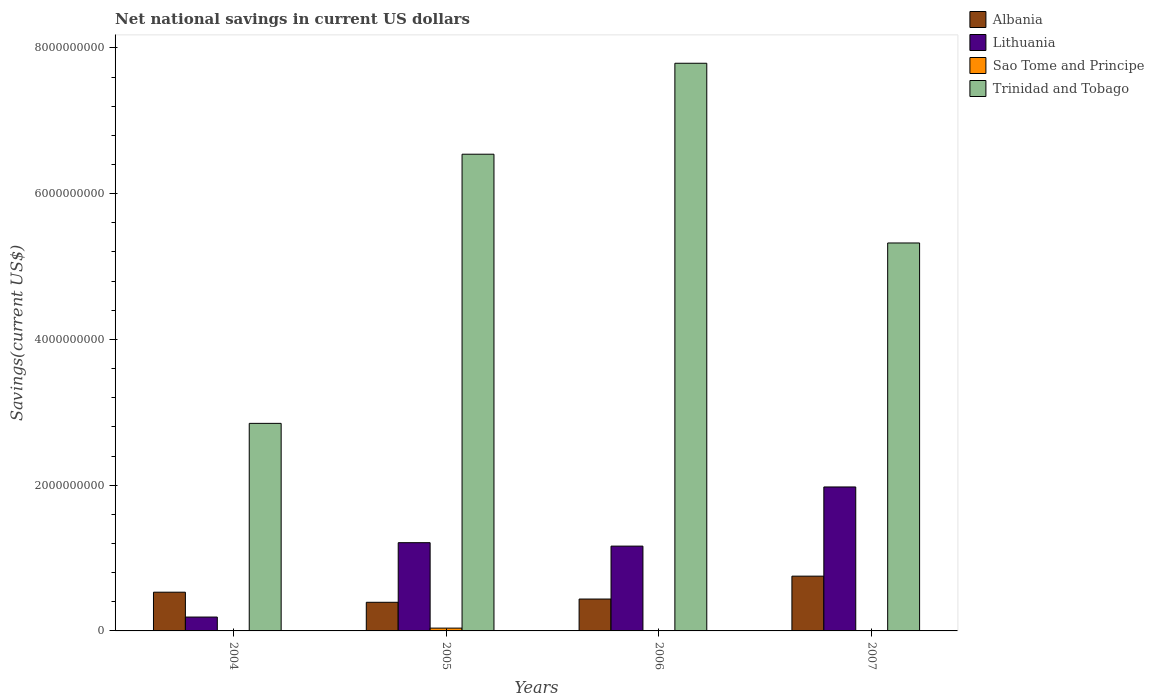
| Years | Albania | Lithuania | Sao Tome and Principe | Trinidad and Tobago |
 | --- | --- | --- | --- | --- |
 | 2004 | 5.31e+08 | 1.9e+08 | -2.14e+06 | 2.85e+09 |
 | 2005 | 3.93e+08 | 1.21e+09 | 3.84e+07 | 6.54e+09 |
 | 2006 | 4.37e+08 | 1.16e+09 | -3.04e+07 | 7.79e+09 |
 | 2007 | 7.51e+08 | 1.98e+09 | -5.73e+06 | 5.32e+09 |